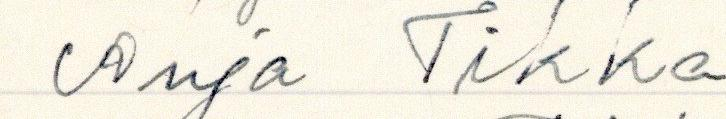
Anja Tikka